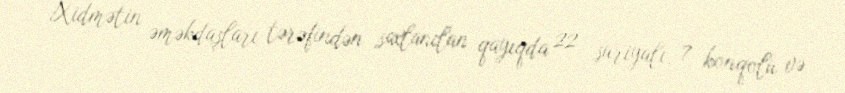
Xidmətin əməkdaşları tərəfindən saxlanılan qayıqda 22 suriyalı, 7 konqolu və